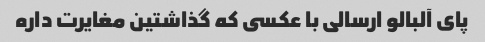
پاى آلبالو ارسالى با عکسى که گذاشتین مغایرت داره